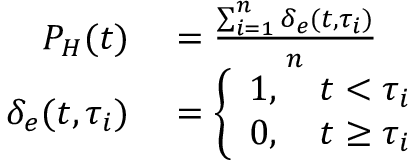
\begin{array} { r l } { P _ { H } ( t ) } & { { } = \frac { \sum _ { i = 1 } ^ { n } \delta _ { e } ( t , \tau _ { i } ) } { n } } \\ { \delta _ { e } ( t , \tau _ { i } ) } & { { } = \left\{ \begin{array} { l l } { 1 , \quad t < \tau _ { i } } \\ { 0 , \quad t \geq \tau _ { i } } \end{array} \right. } \end{array}